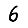
Digit: 6